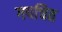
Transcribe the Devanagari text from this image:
गपचित